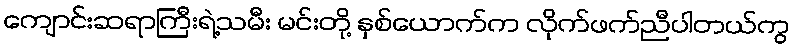
ကျောင်းဆရာကြီးရဲ့သမီး မင်းတို့ နှစ်ယောက်က လိုက်ဖက်ညီပါတယ်ကွ